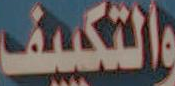
والتكييف